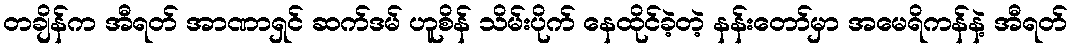
တချိန်က အီရတ် အာဏာရှင် ဆက်ဒမ် ဟူစိန် သိမ်းပိုက် နေထိုင်ခဲ့တဲ့ နန်းတော်မှာ အမေရိကန်နဲ့ အီရတ်